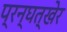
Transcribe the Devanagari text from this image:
प्रन्घत्खेर